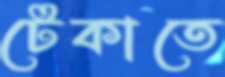
টেকাতে